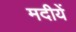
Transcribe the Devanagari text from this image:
मदीयें